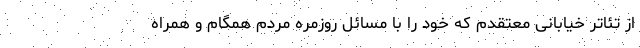
از تئاتر خیابانی معتقدم که خود را با مسائل روزمره مردم همگام و همراه